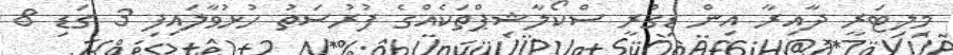
މިލިޓަރީ ދާއިރާ އިން ޑިގްރީ ސްކޯލާޝިޕްތަކެއްގެ ފުރުސަތު ހުޅުވާލައިފި 3 ގަޑި 8